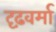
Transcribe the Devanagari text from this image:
दृढ़वर्मा